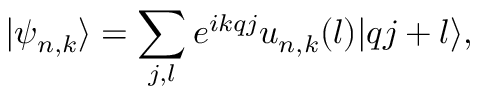
| \psi _ { n , k } \rangle = \sum _ { j , l } e ^ { i k q j } u _ { n , k } ( l ) | q j + l \rangle ,